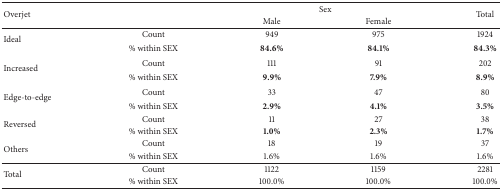
<table><thead><tr><td rowspan="2"><b>Overjet</b></td><td rowspan="2"><b> </b></td><td colspan="2"><b>Sex</b></td><td rowspan="2"><b>Total</b></td></tr><tr><td><b>Male</b></td><td><b>Female</b></td></tr></thead><tbody><tr><td rowspan="2">Ideal</td><td>Count</td><td>949</td><td>975</td><td>1924</td></tr><tr><td>% within SEX</td><td><b>84.6%</b></td><td><b>84.1%</b></td><td><b>84.3%</b></td></tr><tr><td rowspan="2">Increased</td><td>Count</td><td>111</td><td>91</td><td>202</td></tr><tr><td>% within SEX</td><td><b>9.9%</b></td><td><b>7.9%</b></td><td><b>8.9%</b></td></tr><tr><td rowspan="2">Edge-to-edge</td><td>Count</td><td>33</td><td>47</td><td>80</td></tr><tr><td>% within SEX</td><td><b>2.9%</b></td><td><b>4.1%</b></td><td><b>3.5%</b></td></tr><tr><td rowspan="2">Reversed</td><td>Count</td><td>11</td><td>27</td><td>38</td></tr><tr><td>% within SEX</td><td><b>1.0%</b></td><td><b>2.3%</b></td><td><b>1.7%</b></td></tr><tr><td rowspan="2">Others</td><td>Count</td><td>18</td><td>19</td><td>37</td></tr><tr><td>% within SEX</td><td>1.6%</td><td>1.6%</td><td>1.6%</td></tr><tr><td rowspan="2">Total</td><td>Count</td><td>1122</td><td>1159</td><td>2281</td></tr><tr><td>% within SEX</td><td>100.0%</td><td>100.0%</td><td>100.0%</td></tr></tbody></table>